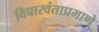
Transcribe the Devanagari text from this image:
विचारवंताप्रमाणे